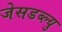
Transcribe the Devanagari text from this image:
जेसडब्ल्यु